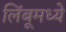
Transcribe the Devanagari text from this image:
लिंबूमध्ये